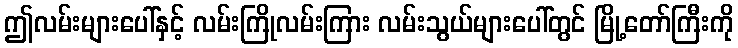
ဤလမ်းများပေါ်နှင့် လမ်းကြိုလမ်းကြား လမ်းသွယ်များပေါ်တွင် မြို့တော်ကြီးကို